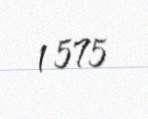
1 575